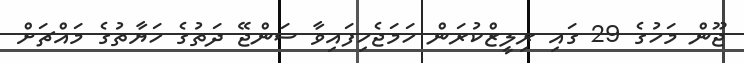
ޖޫން މަހުގެ 29 ގައި ރިލީޒްކުރަން ހަމަޖެހިފައިވާ ސަންޖޭ ދަތުގެ ހަޔާތުގެ މައްޗަށް